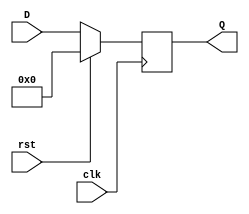
`timescale 1ns / 1ps
//////////////////////////////////////////////////////////////////////////////////
// Company: 
// Engineer: 
// 
// Design Name: 
// Module Name:    dff_64bit 
// Project Name: 
// Target Devices: 
// Tool versions: 
// Description: 
//
// Dependencies: 
//
// Revision: 
// Revision 0.01 - File Created
// Additional Comments: 
//
//////////////////////////////////////////////////////////////////////////////////
module dff_9bit(
    input [8:0] D,
    output [8:0] Q,
    input clk,
    input rst
    );
	 
	 reg [8:0] out;
	 assign Q = out;
	 
	 always @(posedge clk)
	 begin
		if (rst) begin
			out <= 0;
		end
		else begin
			out <= D;
		end
	 end

endmodule